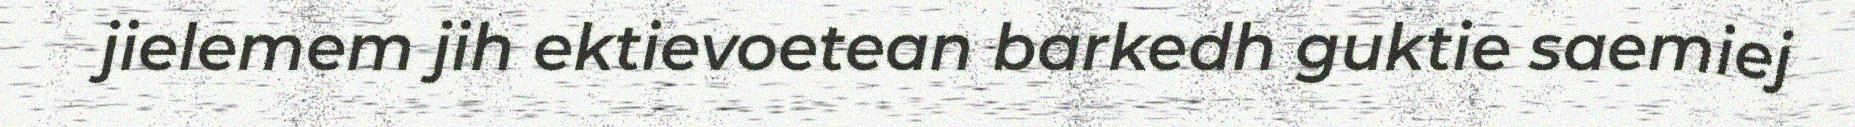
jielemem jih ektievoetean barkedh guktie saemiej